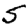
Digit: 5